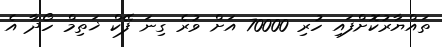
ތައްޔާރުކޮށްފައި ހުރި 70000 އަށް ވުރެ ގިނަ ފޭކް ޚަތިމް ހޯދާ އެ